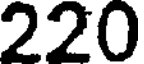
220